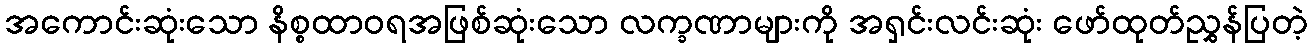
အကောင်းဆုံးသော နိစ္စထာဝရအဖြစ်ဆုံးသော လက္ခဏာများကို အရှင်းလင်းဆုံး ဖော်ထုတ်ညွှန်ပြတဲ့